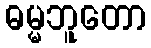
ဓမ္မဘူတော